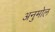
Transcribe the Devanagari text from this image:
अनुमोल